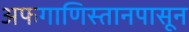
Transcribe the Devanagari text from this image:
अफगाणिस्तानपासून